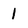
Character: 1